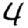
Digit: 4